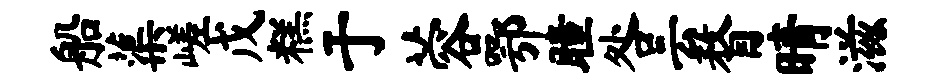
船蕖嵯戊糕于蓉鄂瞳咎云瞀晴滋